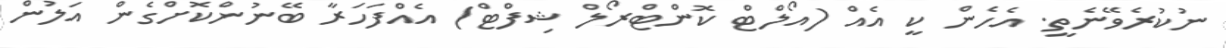
ނުކުރެވޭނެތީ. އެހެން ކީ އެއް (އޯލްޓް ކޮންޓްރޯލް ޝިފްޓް) އެއްފަހަރާ ބޭނުންކޮށްގެން އަލުން